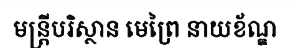
មន្ត្រីបរិស្ថាន មេព្រៃ នាយខ័ណ្ឌ